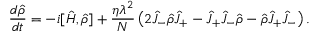
\frac { d \hat { \rho } } { d t } = - i [ \hat { H } , \hat { \rho } ] + \frac { \eta \lambda ^ { 2 } } { N } \left( 2 \hat { J } _ { - } \hat { \rho } \hat { J } _ { + } - \hat { J } _ { + } \hat { J } _ { - } \hat { \rho } - \hat { \rho } \hat { J } _ { + } \hat { J } _ { - } \right) .